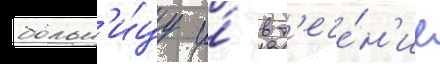
больн'и́цу и́ в т'ече́н'ие